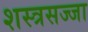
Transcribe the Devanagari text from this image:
शस्त्रसज्जा